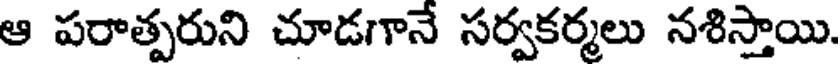
ఆ పరాత్పరుని చూడగానే సర్వకర్మలు నశిస్తాయి.